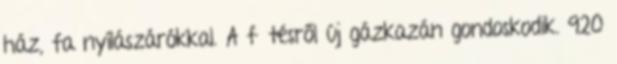
ház, fa nyílászárókkal. A fűtésről új gázkazán gondoskodik. 920